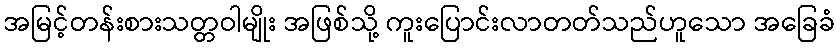
အမြင့်တန်းစားသတ္တဝါမျိုး အဖြစ်သို့ ကူးပြောင်းလာတတ်သည်ဟူသော အခြေခံ